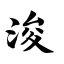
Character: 浚